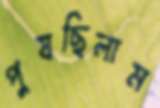
পুষছিলাম